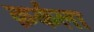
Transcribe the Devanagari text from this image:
क़र्कला